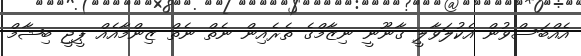
އެއްބަސްވުން އެކުލަވާލީ ގާނޫނީ ނިޒާމްގެ ތެރެއިން ނެތް ނެތް ޒިންމާއެއް ޕީޖީ ބިޝާމް